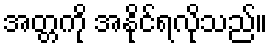
အတ္တကို အနိုင်ရလိုသည်။